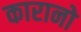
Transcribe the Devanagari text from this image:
कारानो